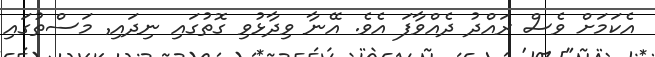
އެކަމަށް ވެސް ރައްދު ދެއްވާފަ އެވެ. އޭނާ ވިދާޅުވި ގޮތުގައި ނިދައި